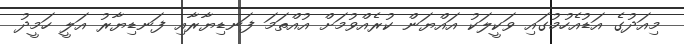
މިއަދުގެ އަޑުއެހުމުގައި ވަކީލަކު އައްޔަން ކުރެއްވުމަށް އުއްތަމަ ފަނޑިޔާރާއި ފަނޑިޔާރު އަލީ ހަމީދު